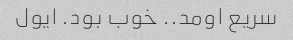
سریع اومد.. خوب بود. ایول